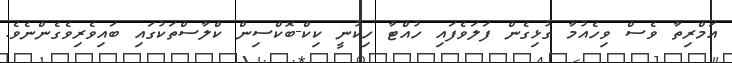
އަމްރިތާ ވެސް ވިހެއުމާ ގުޅިގެން ފަލަވެފައި ހުއްޓާ ހިކުނީ ކިކް-ބޮކްސިން ކްލާސްތަކުގައި ބައިވެރިވެގެންނެވެ.